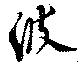
波